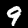
Digit: 9